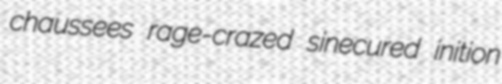
chaussees rage-crazed sinecured inition